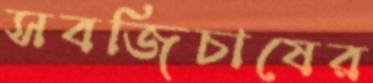
সবজিচাষের